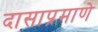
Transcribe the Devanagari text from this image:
दासाप्रमाणे